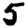
Digit: 5